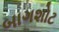
બાગશોટ